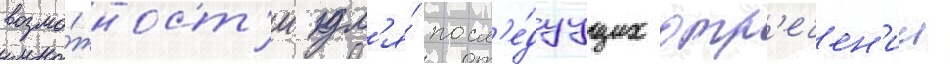
возмо́жност'и дл'я́ посл'е́дуущих отр'ечен'ии